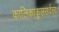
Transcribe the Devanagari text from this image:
कालिकाकुलसर्वस्व